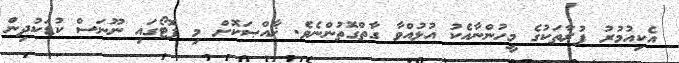
އެކިއުމުރު ފުރާތަކުގެ މީހުންނާއެކު އުޅުއްވާ ގާތްގޮތުންނެވެ. ޚާއްޞަކޮށް މި ފޮޓޯގައި ނޫނަސް ކުޑަކުދިން